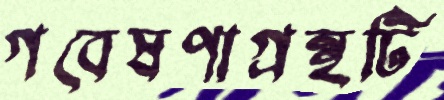
গবেষণাগ্রন্থটি